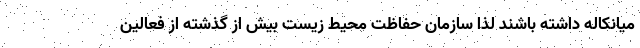
میانکاله داشته باشند لذا سازمان حفاظت محیط زیست بیش از گذشته از فعالین